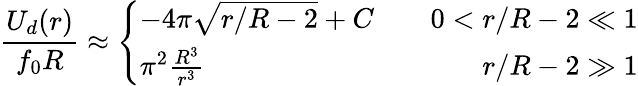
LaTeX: \frac{U_{d}(r)}{f_{0}R}\approx\left\{ \begin{array}{lcr}{-4\pi\sqrt{r/R-2}+C}&{}&{0<r/R-2\ll 1}\\ {\pi^{2}\frac{R^{3}}{r^{3}}}&{}&{r/R-2\gg 1}\end{array}\right.